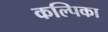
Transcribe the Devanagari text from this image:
कल्पिका